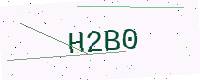
Text: H2B0